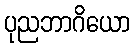
ပုညဘာဂိယော